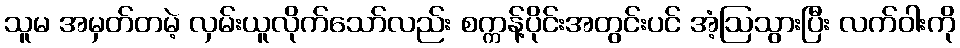
သူမ အမှတ်တမဲ့ လှမ်းယူလိုက်သော်လည်း စက္ကန့်ပိုင်းအတွင်းပင် အံ့ဩသွားပြီး လက်ဝါးကို